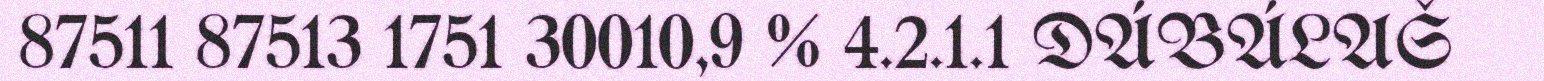
87511 87513 1751 30010,9 % 4.2.1.1 DÁBÁLAŠ